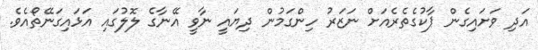
އަދި ވަށައިގެން ޕާކުގެތެރެއަށް ނަޒަރު ހިންގަމުން ދިޔައީ ނާވީ އޭނާގެ ލޮލުގައި އަޅައިގަނޭތޯއެވެ.